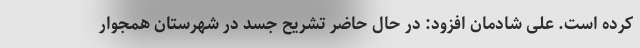
کرده است. علی شادمان افزود: در حال حاضر تشریح جسد در شهرستان همجوار